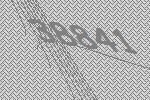
38841